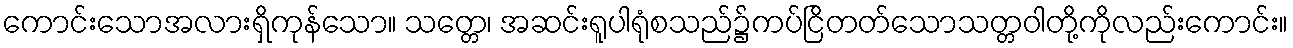
ကောင်းသောအလားရှိကုန်သော။ သတ္တေ၊ အဆင်းရူပါရုံစသည်၌ကပ်ငြိတတ်သောသတ္တဝါတို့ကိုလည်းကောင်း။